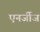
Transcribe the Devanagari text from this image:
एनर्जीज